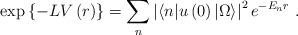
LaTeX: \begin{align*}\exp{\left\{-L V\left(r \right)\right\}}= \sum _{n}\left|\langle n|u\left(0\right)|\Omega\rangle \right|^{2}e^{-E_{n} r} \ .\end{align*}